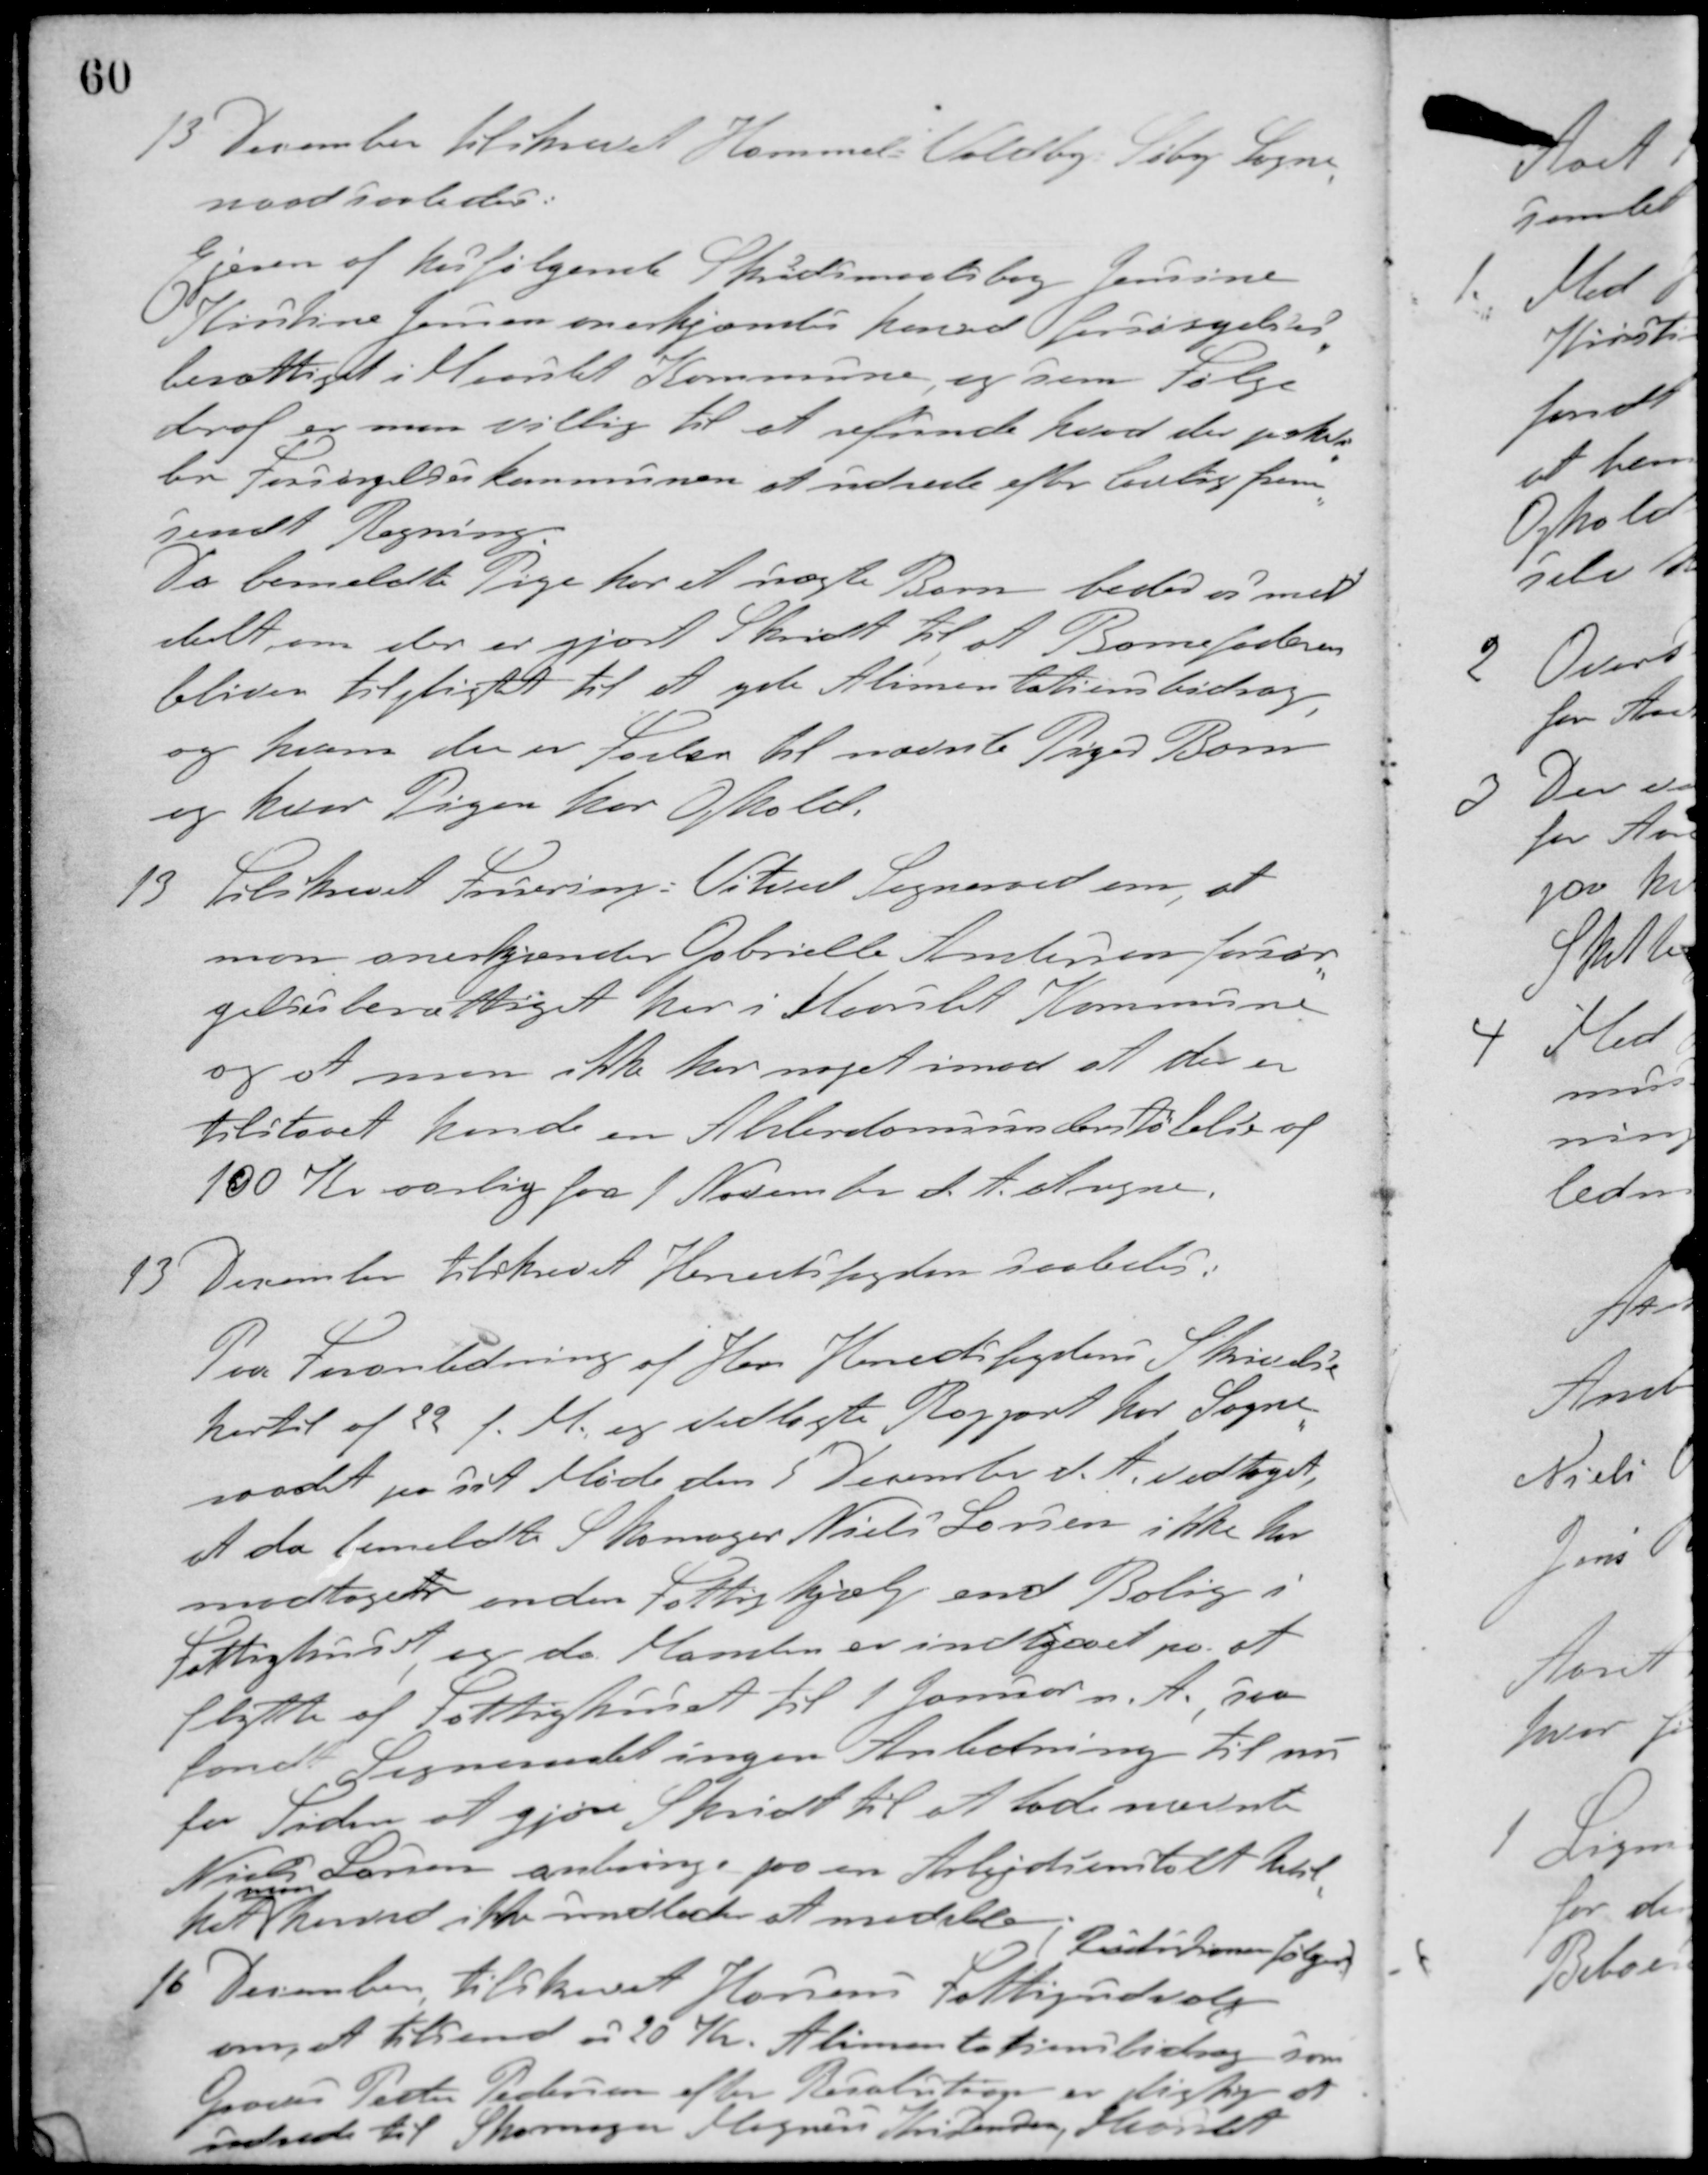
Transskription:
13 December tilskrevet Hammel Voldby Søby Sogne-
raad saaledes:
Ejeren af hosfølgende Skudsmaalsbog Jensine
Kirstine Jensen anerkjendes hermed forsørgelses-
berettiget i Maaslet Kommune, og som Følge
deraf er man villig til at refunde hvad der paahvi-
ler Forsørgelseskommunen at udrede efter lovlig frem-
sendt Regning.
Da bemeldte Pige har et uægte Barn beder vi med-
delt om der er gjort Skridt til at Barnefaderen
bliver tilpligtet til at yde Alimentationsbidrag,
og hvem der er Fader til nævnte Piges Barn
og hvor Pigen har Ophold.
13 Tilskrevet Fausing-Vitved Sogneraad om, at
man anerkjender Gabrielle Andersen forsør-
gelsesberettiget her i Maarslet Kommune
og at man ikke har noget imod at der er
tilstaaet hende en Alderdomsunderstøtelse af
100 Kr. aarlig fra 1 November d. A. at regne.
13 December tilskrevet Herredsfogden saaledes:
Paa Foranledning af Herr Herredsfogdens Skrivelse
hertil af 22 f. M. og vedlagte Rapport har Sogne-
raadet på sit Møde den 5 December d. A. vedtaget,
at da bemeldte Skomager Niels Larsen ikke har
modtaget anden Fattighjælp end Bolig i
Fattighuset, og da Manden er indgaaet på at
flytte af Fattighuset til 1 Januar n. A. saa
fandt Sogneraadet ingen Anledning til nu
for Tiden at gjøre Skridt til at lade nævnte
Niels Larsen anbringe paa en Arbejdsanstalt hvil-
ket
man
herved ikke undlader at meddele,
(Resolutionen følger)
16 December, tilskrevet Horsens Fattigudvalg
om, at tilsende os 20 Kr. Alimentationsbidrag som
Graver Peter Pedersen efter Resolusion er pligtig at
udrede til Skomager Magnus Andersen, Maarslet